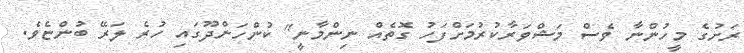
ރަށުގެ މީހުންނާ ވެސް މަޝްވަރާކުރުމަށްފަހު ގޮތެއް ނިންމާނީ" ކުންހަންދޫގައި ހުރެ ލަރޭ ބުންޏެވެ.